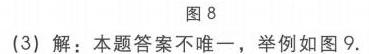
图8
(3) 解：本题答案不唯一，举例如图9.